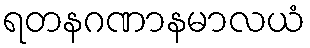
ရတနဂဏာနမာလယံ